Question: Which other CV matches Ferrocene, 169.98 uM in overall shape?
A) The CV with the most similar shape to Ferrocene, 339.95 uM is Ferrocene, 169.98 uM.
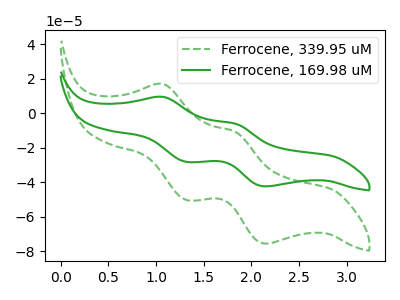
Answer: <think>The green dashed curve "Ferrocene, 339.95 uM" has anodic peaks at (1.05V, 16.95uA) (1.85V, -10.80uA) and cathodic peaks at (1.30V, -50.25uA) (2.15V, -75.55uA). The green curve "Ferrocene, 169.98 uM" has anodic peaks at (1.05V, 9.50uA) (1.85V, -6.05uA) and cathodic peaks at (1.30V, -28.15uA) (2.15V, -42.35uA).
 All the peaks in "Ferrocene, 339.95 uM" have a peak in "Ferrocene, 169.98 uM" at the same potential.</think>
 <answer>A) The CV with the most similar shape to "Ferrocene, 339.95 uM" is "Ferrocene, 169.98 uM".</answer>
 <eval>A</eval>